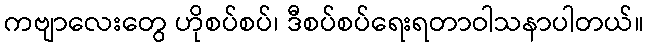
ကဗျာလေးတွေ ဟိုစပ်စပ်၊ ဒီစပ်စပ်ရေးရတာဝါသနာပါတယ်။